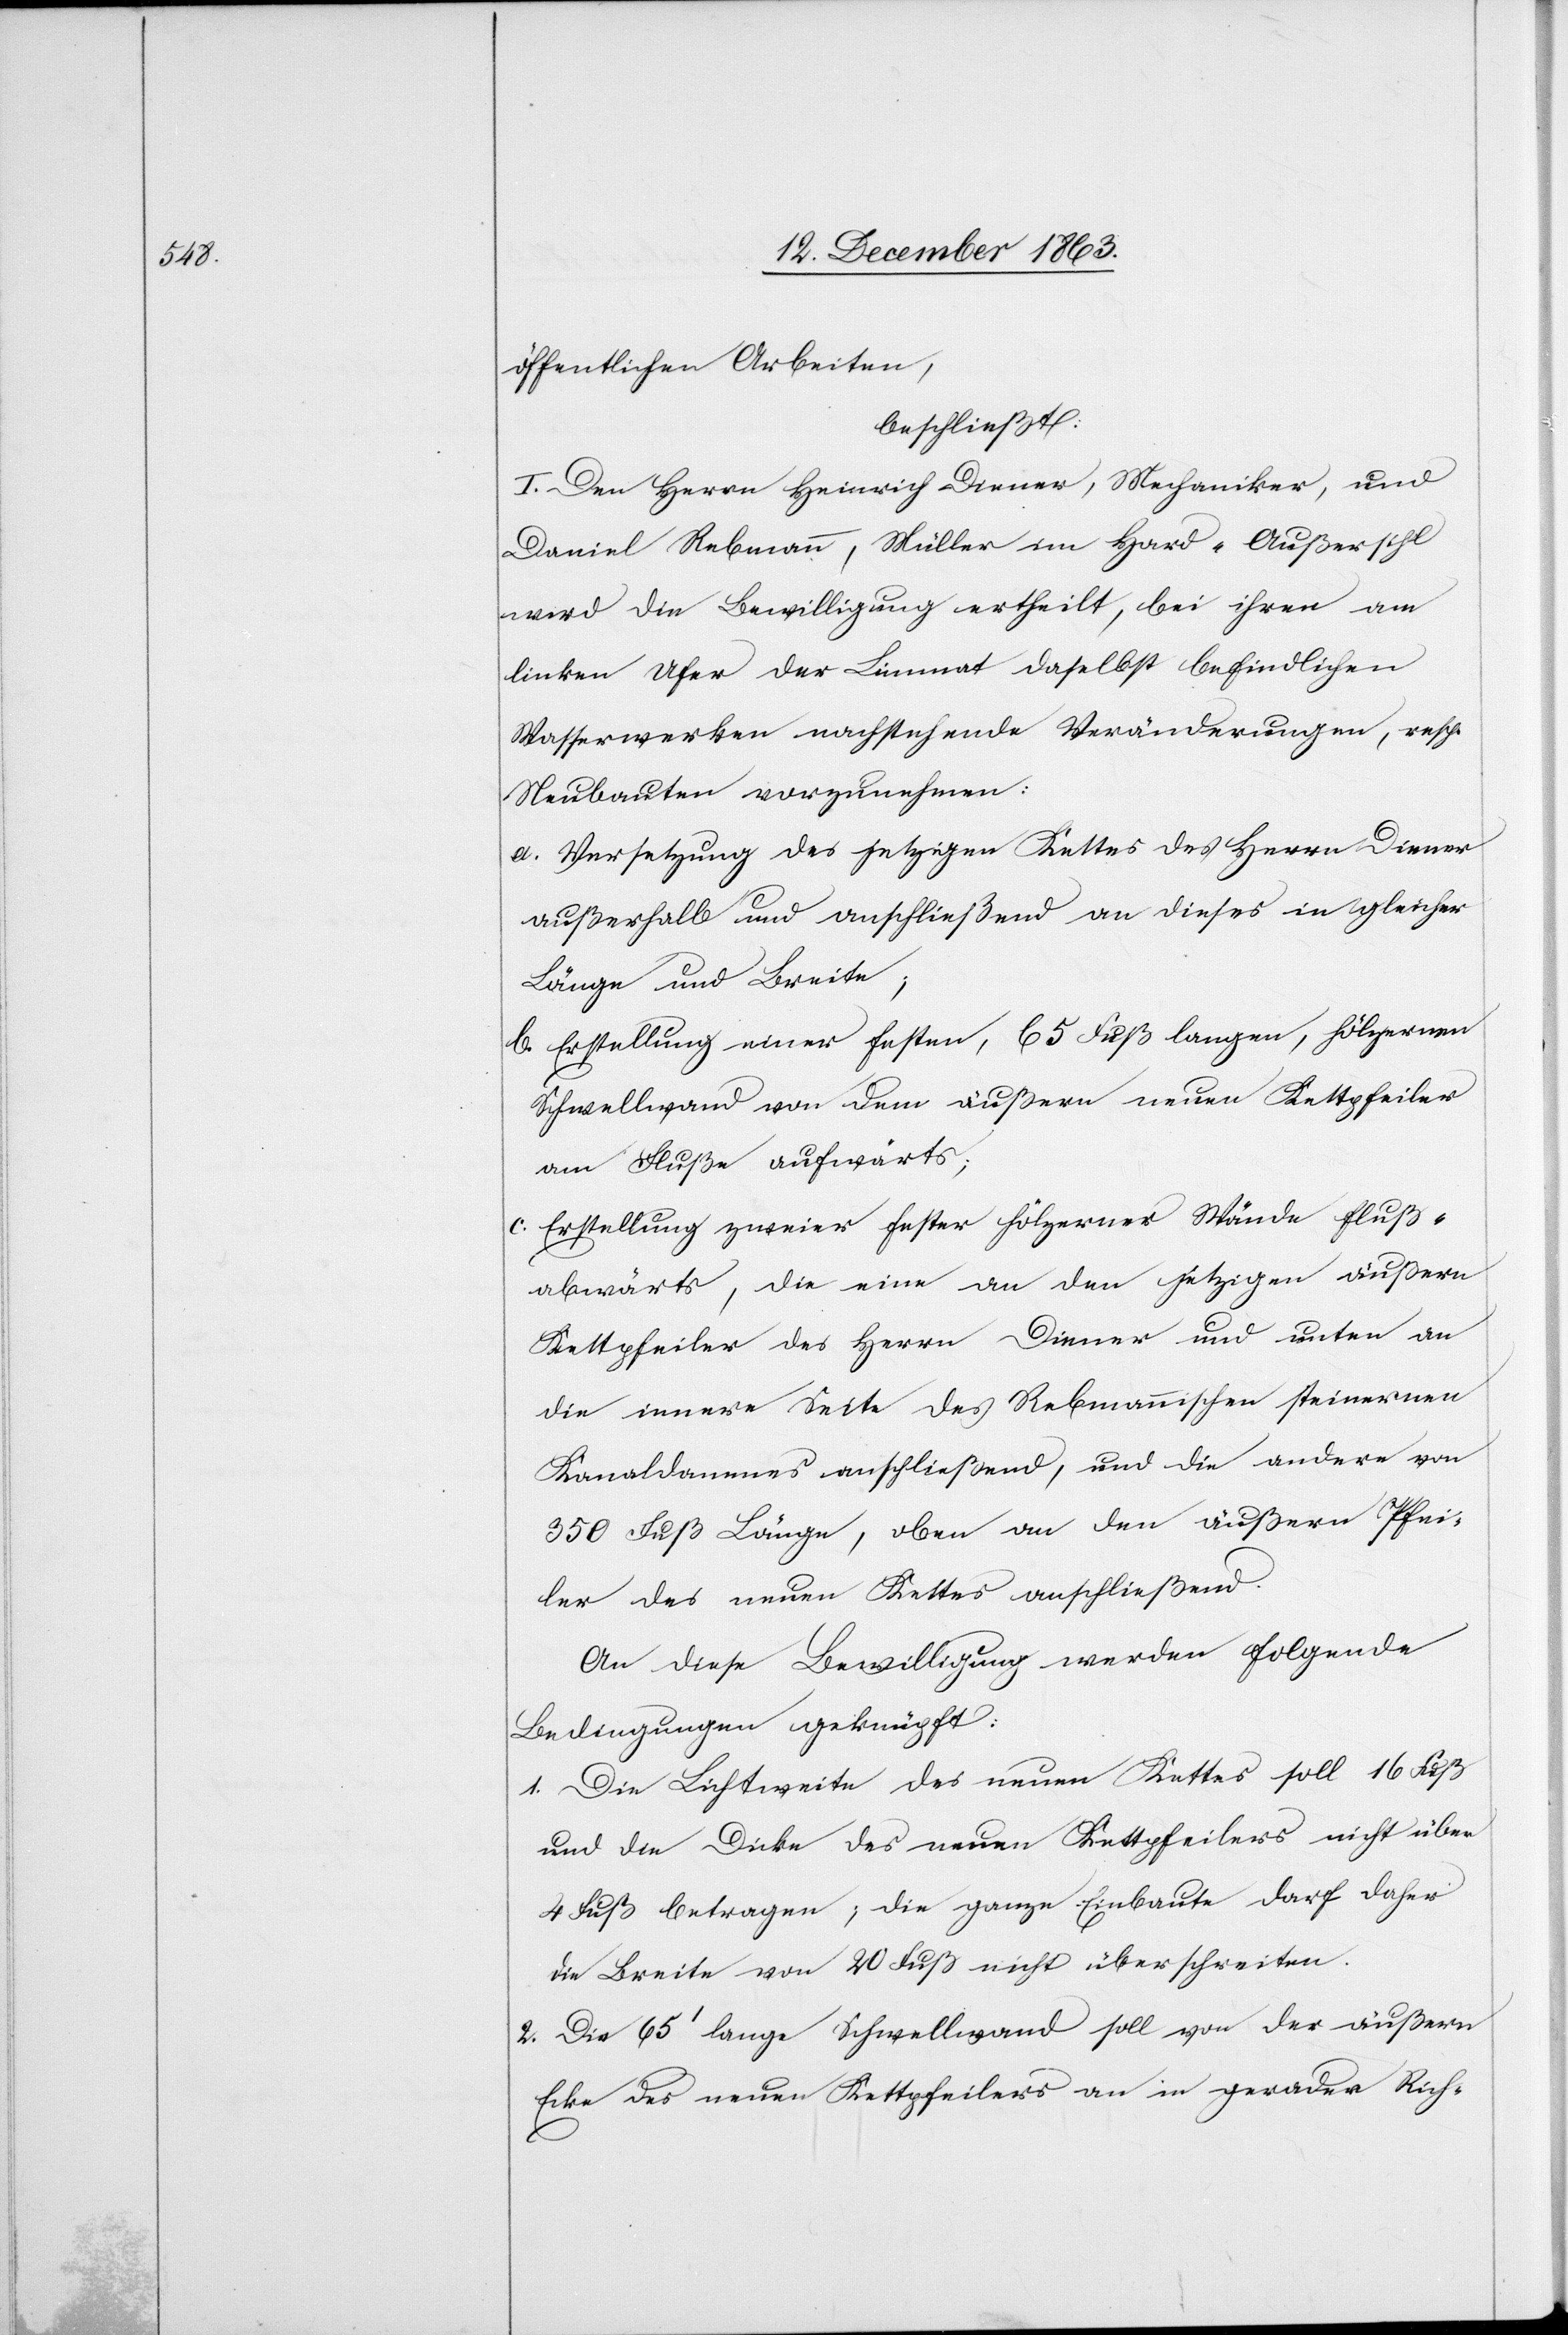
öffentlichen Arbeiten,
beschließt:
I. Den Herrn Heinrich Diener, Mechaniker, und
Daniel Rebmann, Müller im Hard-Außersihl
wird die Bewilligung ertheilt, bei ihren am
linken Ufer der Limmat daselbst befindlichen
Wasserwerken nachstehende Veränderungen, resp.
Neubauten vorzunehmen:
a. Versetzung des jetzigen Kettes des Herrn Diener
außerhalb und anschließend an dieses in gleicher
Länge und Breite;
b. Erstellung einer festen, 65 Fuß langen, hölzernen
Schwellwand von dem äußern neuen Kettpfeiler
am Fluße aufwärts;
c. Erstellung zweier fester hölzerner Wände fluß¬
abwärts, die eine an den jetzigen äußern
Kettpfeiler des Herrn Diener und unten an
die innere Seite des Rebmannischen steinernen
Kanaldammes anschließend, und die andere von
350 Fuß Länge, oben an den äußern Pfei¬
ler des neuen Kettes anschließend.
An diese Bewilligung werden folgende
Bedingungen geknüpft:
1. Die Lichtweite des neuen Kettes soll 16 Fuß
und die Dicke des neuen Kettpfeilers nicht über
4 Fuß betragen; die ganze Einbaute darf daher
die Breite von 20 Fuß nicht überschreiten.
2. Die 65' lange Schwellwand soll von der äußern
Ecke des neuen Kettpfeilers an in gerader Rich-